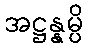
အဋ္ဌန္နမ္ပိ